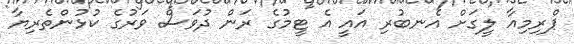
ޕްރިމިއާ ލީގަށް އެނބުރި އައީ އެ ޓީމުގެ ރަން ދުވަސް ވަރުގެ ކުޅުންތެރިޔާ